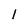
Character: 1